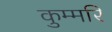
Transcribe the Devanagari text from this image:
कुम्मरि